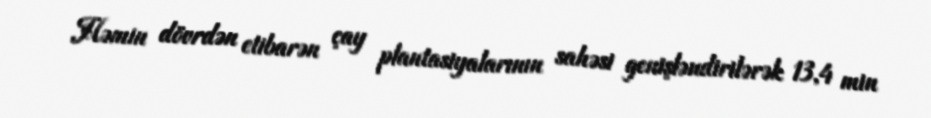
Həmin dövrdən etibarən çay plantasiyalarının sahəsi genişləndirilərək 13,4 min